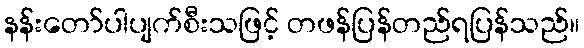
နန်းတော်ပါပျက်စီးသဖြင့် တဖန်ပြန်တည်ရပြန်သည်။